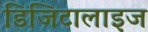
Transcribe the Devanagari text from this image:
डिजिटालाइज